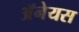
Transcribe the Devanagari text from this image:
अॅनेयस